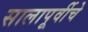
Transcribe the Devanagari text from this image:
सालापूर्वीचे